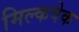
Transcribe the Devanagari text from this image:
मिल्कषेक